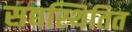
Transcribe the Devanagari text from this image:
सद्यस्थितित